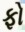
ફો